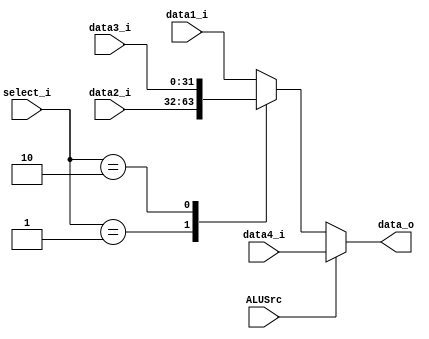
module MUX32_4to1
(
    data1_i,
    data2_i,
	data3_i,
	select_i,
	data4_i,
	ALUSrc,
    data_o
);
input 	ALUSrc;
input   [1:0]	select_i;
input   [31:0]  data1_i,data2_i,data3_i,data4_i;
output reg  [31:0]  data_o;

always@(*) begin
	if(ALUSrc==1)	begin
		data_o <= data4_i;
	end
	else begin
		case(select_i)
			2'b00:data_o<=data1_i;
			2'b01:data_o<=data2_i;
			2'b10:data_o<=data3_i;
			default: data_o<=data1_i;
		endcase
	end
end 

endmodule